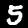
Digit: 5